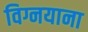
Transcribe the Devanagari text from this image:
विग्नयाना